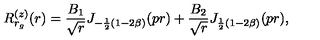
R _ { r _ { g } } ^ { ( z ) } ( r ) = \frac { B _ { 1 } } { \sqrt { r } } J _ { - \frac { 1 } { 2 } ( 1 - 2 \beta ) } ( p r ) + \frac { B _ { 2 } } { \sqrt { r } } J _ { \frac { 1 } { 2 } ( 1 - 2 \beta ) } ( p r ) ,